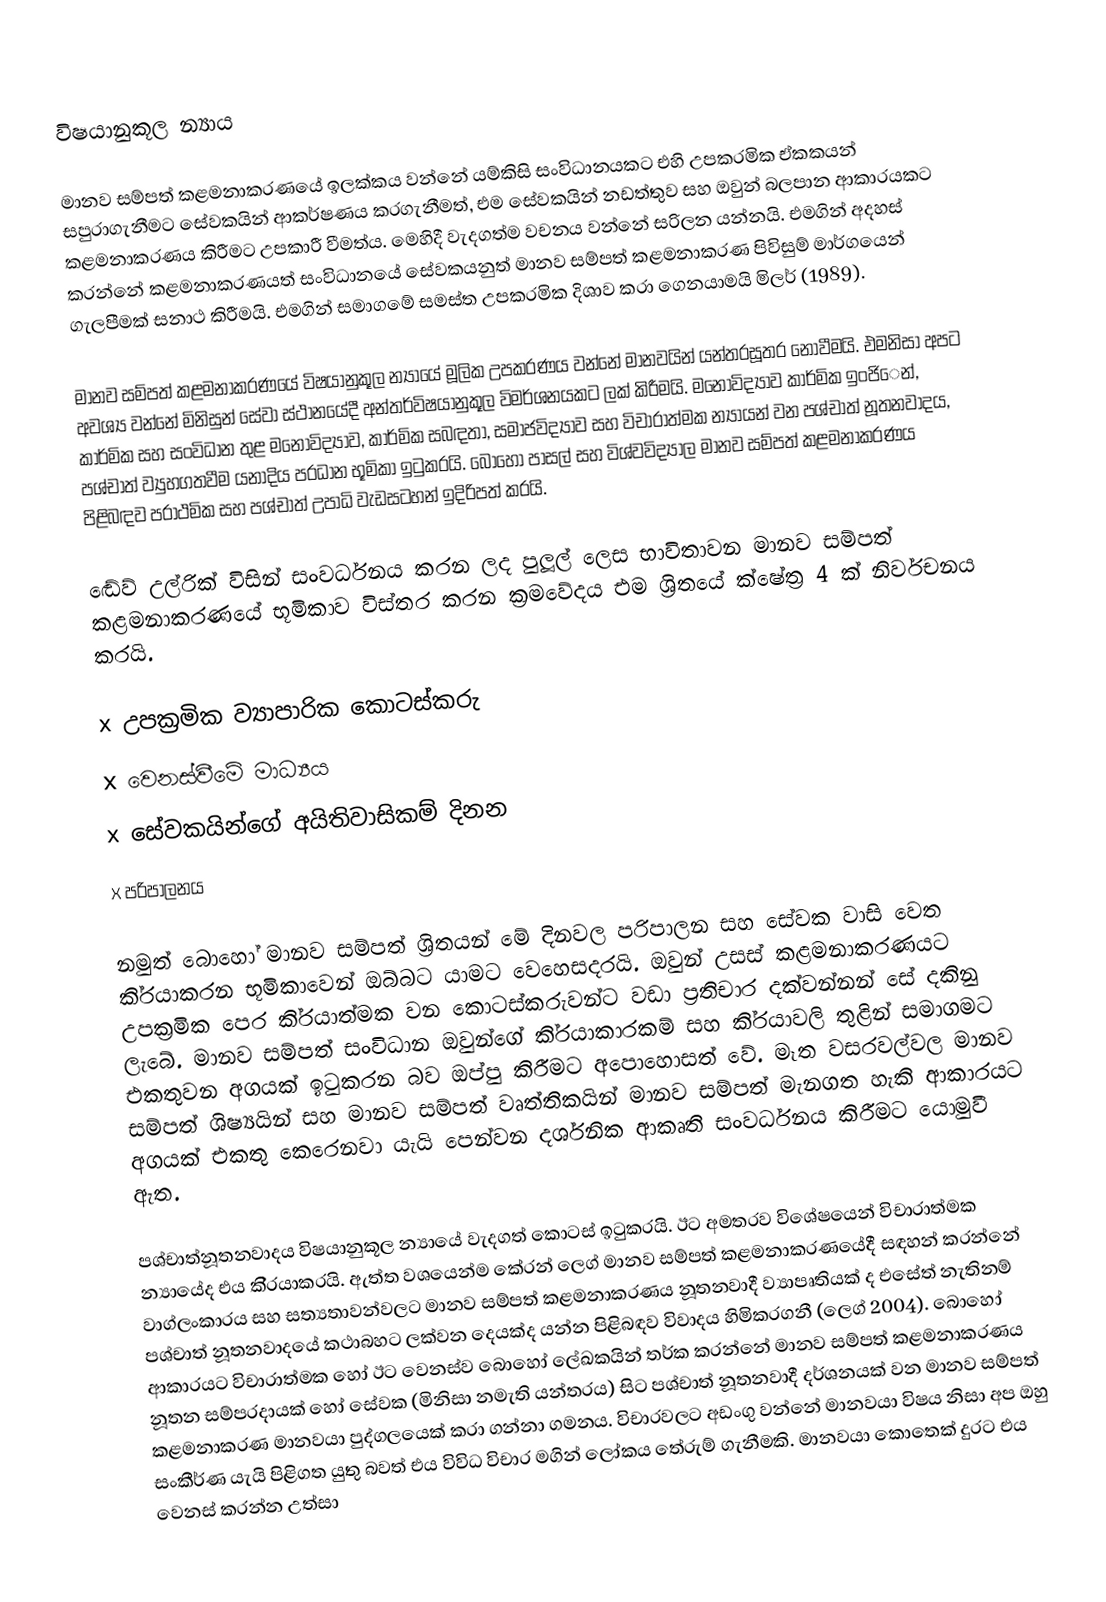
විෂයානුකූල න්‍යාය

මානව සම්පත් කළමනාකරණයේ ඉලක්කය වන්නේ යම්කිසි සංවිධානයකට එහි උපක‍්‍රමික ඒකකයන් සපුරාගැනීමට සේවකයින් ආකර්ෂණය කරගැනීමත්, එම සේවකයින් නඩත්තුව සහ ඔවුන් බලපාන ආකාරයකට කළමනාකරණය කිරීමට උපකාරී වීමත්ය. මෙහිදී වැදගත්ම වචනය වන්නේ සරිලන යන්නයි. එමගින් අදහස් කරන්නේ කළමනාකරණයත් සංවිධානයේ සේවකයනුත් මානව සම්පත් කළමනාකරණ පිවිසුම් මාර්ගයෙන් ගැලපීමක් සනාථ කිරීමයි. එමගින් සමාගමේ සමස්ත උපක‍්‍රමික දිශාව කරා ගෙනයාමයි මිලර් (1989).

මානව සම්පත් කළමනාකරණයේ විෂයානුකූල න්‍යායේ මූලික උපකරණය වන්නේ මානවයින් යන්ත‍්‍රසූත‍්‍ර නොවීමයි. එමනිසා අපට අවශ්‍ය වන්නේ මිනිසුන් සේවා ස්ථානයේදී අන්තර්විෂයානුකූල විමර්ශනයකට ලක් කිරීමයි. මනෝවිද්‍යාව කාර්මික ඉංජිෙන්, කාර්මික සහ සංවිධාන තුළ මනෝවිද්‍යාව, කාර්මික සබඳතා, සමාජවිද්‍යාව සහ විචාරාත්මක න්‍යායන් වන පශ්චාත් නූතනවාදය, පශ්චාත් ව්‍යුහගතවීම යනාදිය ප‍්‍රධාන භූමිකා ඉටුකරයි. බොහෝ පාසල් සහ විශ්වවිද්‍යාල මානව සම්පත් කළමනාකරණය පිළිබඳව ප‍්‍රාථමික සහ පශ්චාත් උපාධි වැඩසටහන් ඉදිරිපත් කරයි.

ඬේව් උල්රික් විසින් සංවර්ධනය කරන ලද පුලූල් ලෙස භාවිතාවන මානව සම්පත් කළමනාකරණයේ භූමිකාව විස්තර කරන ක‍්‍රමවේදය එම ශ‍්‍රිතයේ ක්ෂේත‍්‍ර 4 ක් නිර්වචනය කරයි.

x	උපක‍්‍රමික ව්‍යාපාරික කොටස්කරු
x	වෙනස්වීමේ මාධ්‍යය
x	සේවකයින්ගේ අයිතිවාසිකම් දිනන
x	පරිපාලනය

නමුත් බොහෝ මානව සම්පත් ශ‍්‍රිතයන් මේ දිනවල පරිපාලන සහ සේවක වාසි වෙත කි‍්‍රයාකරන භූමිකාවෙන් ඔබ්බට යාමට වෙහෙසදරයි. ඔවුන් උසස් කළමනාකරණයට උපක‍්‍රමික පෙර කි‍්‍රයාත්මක වන කොටස්කරුවන්ට වඩා ප‍්‍රතිචාර දක්වන්නන් සේ දකිනු ලැබේ. මානව සම්පත් සංවිධාන ඔවුන්ගේ කි‍්‍රයාකාරකම් සහ කි‍්‍රයාවලි තුළින් සමාගමට එකතුවන අගයක් ඉටුකරන බව ඔප්පු කිරීමට අපොහොසත් වේ. මෑත වසරවල්වල මානව සම්පත් ශිෂ්‍යයින් සහ මානව සම්පත් වෘත්තිකයින් මානව සම්පත් මැනගත හැකි ආකාරයට අගයක් එකතු කෙරෙනවා යැයි පෙන්වන දර්ශනික ආකෘති සංවර්ධනය කිරීමට යොමුවී ඇත.

පශ්චාත්නූතනවාදය විෂයානුකූල න්‍යායේ වැදගත් කොටස් ඉටුකරයි. ඊට අමතරව විශේෂයෙන් විචාරාත්මක න්‍යායේද එය කි‍්‍රයාකරයි. ඇත්ත වශයෙන්ම කේරන් ලෙග් මානව සම්පත් කළමනාකරණයේදී සඳහන් කරන්නේ වාග්ලංකාරය සහ සත්‍යතාවන්වලට මානව සම්පත් කළමනාකරණය නූතනවාදී ව්‍යාපෘතියක් ද එසේත් නැතිනම් පශ්චාත් නූතනවාදයේ කථාබහට ලක්වන දෙයක්ද යන්න පිළිබඳව විවාදය හිමිකරගනී (ලෙග් 2004). බොහෝ ආකාරයට විචාරාත්මක හෝ ඊට වෙනස්ව බොහෝ ලේඛකයින් තර්ක කරන්නේ මානව සම්පත් කළමනාකරණය නූතන සම්ප‍්‍රදායක් හෝ සේවක (මිනිසා නමැති යන්ත‍්‍රය) සිට පශ්චාත් නූතනවාදී දර්ශනයක් වන මානව සම්පත් කළමනාකරණ මානවයා පුද්ගලයෙක් කරා ගන්නා ගමනය. විචාරවලට අඩංගු වන්නේ මානවයා විෂය නිසා අප ඔහු සංකීර්ණ යැයි පිළිගත යුතු බවත් එය විවිධ විචාර මගින් ලෝකය තේරුම් ගැනීමකි. මානවයා කොතෙක් දුරට එය වෙනස් කරන්න උත්සා